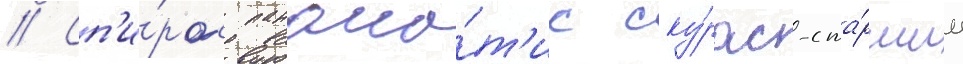
// Сп'и́рос панаио́т'ис ску́рас-ста́ршии